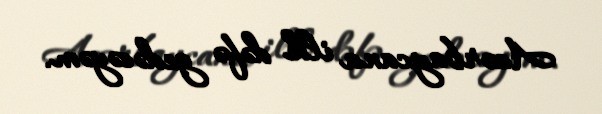
Azərbaycana ilk dəfə gedəcəyəm.